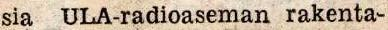
sia ULA-radioaseman rakenta-